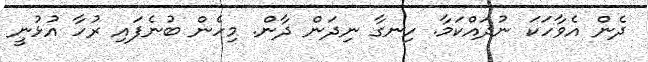
ދެން އެވާހަކަ ނުދައްކަމާ. ހިނގާ ނިދަން ދާން. މިހެން ބުނެފައި ރުހާ އުޅުނީ